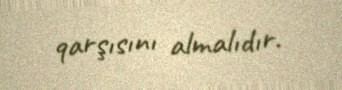
qarşısını almalıdır.